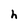
Character: h